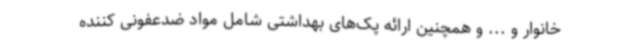
خانوار و ... و همچنین ارائه پک‌های بهداشتی شامل مواد ضدعفونی کننده